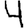
Digit: 4